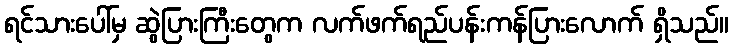
ရင်သားပေါ်မှ ဆွဲပြားကြီးတွေက လက်ဖက်ရည်ပန်းကန်ပြားလောက် ရှိသည်။